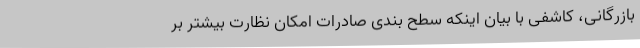
بازرگانی، کاشفی با بیان اینکه سطح بندی صادرات امکان نظارت بیشتر بر